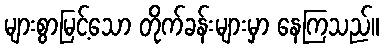
များစွာမြင့်သော တိုက်ခန်းများမှာ နေကြသည်။